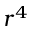
r ^ { 4 }